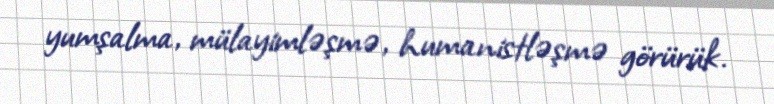
yumşalma, mülayimləşmə, humanistləşmə görürük.